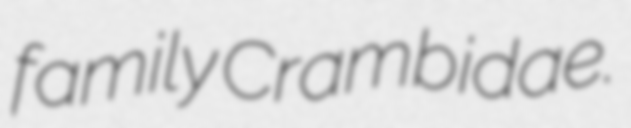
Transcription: family Crambidae.